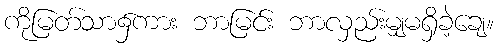
ကိုမြတ်သာ၌ကား ဘာမြင်း ဘာလှည်းမျှမရှိခဲ့ချေ။